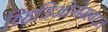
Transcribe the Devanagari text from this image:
व्हिडिओगेमबद्दल